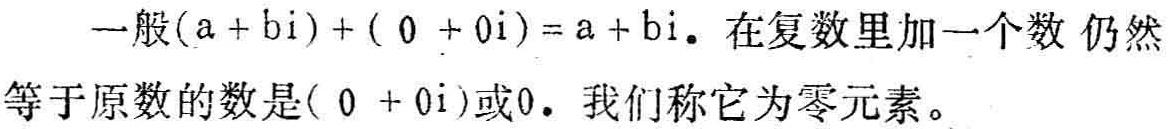
一般\((a + bi)+(0 + 0i)=a + bi\)。在复数里加一个数 仍然等于原数的数是\((0 + 0i)\)或\(0\)。我们称它为零元素。